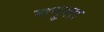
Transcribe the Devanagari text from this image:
मनुला